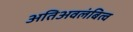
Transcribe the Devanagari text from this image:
अतिअवलंबित्व